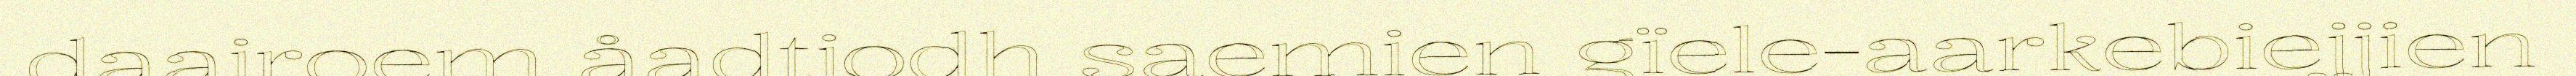
daajroem åadtjodh saemien gïele-aarkebiejjien